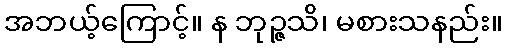
အဘယ့်ကြောင့်။ န ဘုဉ္ဇသိ၊ မစားသနည်း။